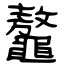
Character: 鼇